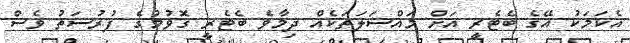
އެކަމަކު އޭގެ ބެޓެރީ އަށް މައްސަލަތަކެއް ދިމާވެ ބެޓެރީ ގޮވުމުގެ ފުރުސަތު ވެސް